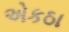
એકઠા